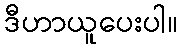
ဒီဟာယူပေးပါ။